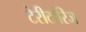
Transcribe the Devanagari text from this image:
टेरीटॉरिज